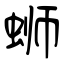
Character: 蛳